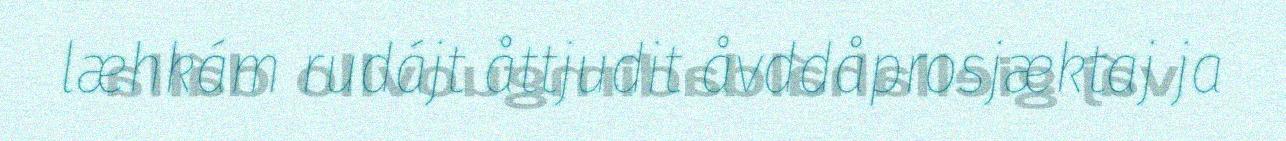
læhkám rudájt åttjudit åvddåprosjæktaj ja